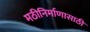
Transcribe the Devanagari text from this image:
मठीनिर्माणासाठी